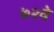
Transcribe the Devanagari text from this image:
७२वे